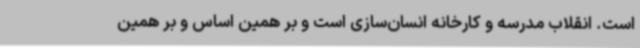
است. انقلاب مدرسه و کارخانه انسان‌سازی ا‌ست و بر همین اساس و بر همین